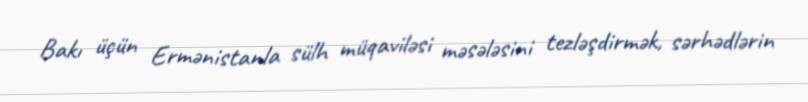
Bakı üçün Ermənistanla sülh müqaviləsi məsələsini tezləşdirmək, sərhədlərin